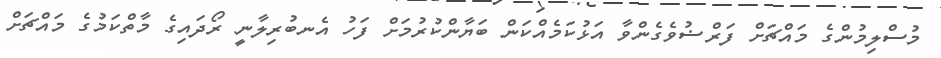
މުސްލިމުންގެ މައްޗަށް ފަރްޟުވެގެންވާ އަޅުކަމެއްކަން ބަޔާންކުރުމަށް ފަހު އެނބުރިލާނީ ރޯދައިގެ މާތްކަމުގެ މައްޗަށް